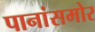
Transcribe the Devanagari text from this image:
पानांसमोर